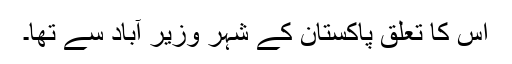
اس کا تعلق پاکستان کے شہر وزیر آباد سے تھا۔